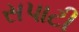
સપાટી